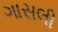
ગાસલી